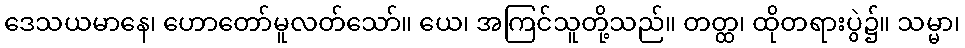
ဒေသယမာနေ၊ ဟောတော်မူလတ်သော်။ ယေ၊ အကြင်သူတို့သည်။ တတ္ထ၊ ထိုတရားပွဲ၌။ သမ္မာ၊